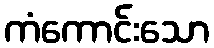
ကံကောင်းသော